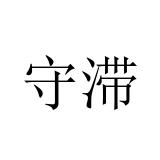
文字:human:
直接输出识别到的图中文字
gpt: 守滞